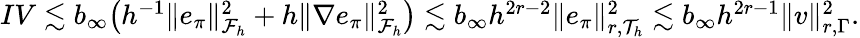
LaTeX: \begin{array}{r}{IV\lesssim b_{\infty}\bigl(h^{-1}\| e_{\pi}\| _{\mathcal{F}_{h}}^{2}+h\| \nabla e_{\pi}\| _{\mathcal{F}_{h}}^{2}\bigr)\lesssim b_{\infty}h^{2r-2}\| e_{\pi}\| _{r,\mathcal{T}_{h}}^{2}\lesssim b_{\infty}h^{2r-1}\| v\| _{r,\Gamma}^{2}.}\end{array}